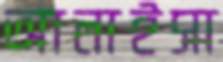
আলাইসা